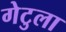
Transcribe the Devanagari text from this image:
गेटुला